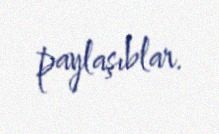
paylaşıblar.